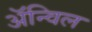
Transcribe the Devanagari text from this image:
अॅन्विल